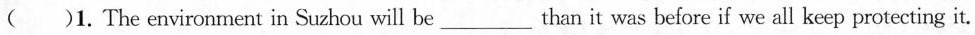
()1. The environment in Suzhou will be___than it was before if we all keep protecting it.